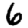
Digit: 6